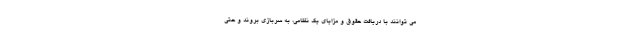
می توانند با دریافت حقوق و مزایای یک نظامی، به سربازی بروند و حتی